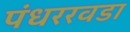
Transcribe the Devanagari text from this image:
पंधररवडा